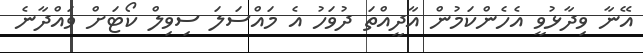
އޭނާ ވިދާޅުވީ އެހެންކަމުން އާދީއްތަ ދުވަހު އެ މައްސަލަ ސިވިލް ކޯޓަށް ވައްދާނެ